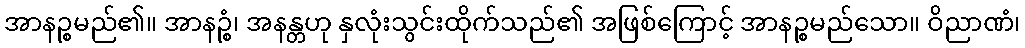
အာနဉ္စမည်၏။ အာနဉ္စံ၊ အနန္တဟု နှလုံးသွင်းထိုက်သည်၏ အဖြစ်ကြောင့် အာနဉ္စမည်သော။ ဝိညာဏံ၊